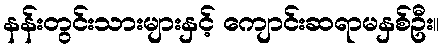
နန်းတွင်းသားများနှင့် ကျောင်းဆရာမနှစ်ဦး။